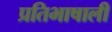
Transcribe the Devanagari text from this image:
प्रतिभाषाली